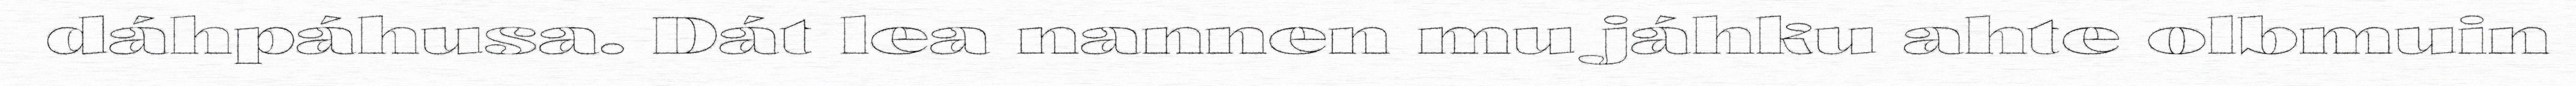
dáhpáhusa. Dát lea nannen mu jáhku ahte olbmuin